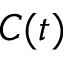
C ( t )